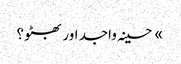
» حسینہ واجد اور بھٹو؟